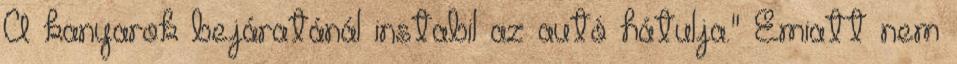
A kanyarok bejáratánál instabil az autó hátulja." Emiatt nem